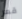
قعر